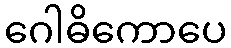
ဂေါဓိကောပေ